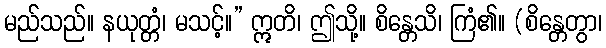
မည်သည်။ နယုတ္တံ၊ မသင့်။” ဣတိ၊ ဤသို့။ စိန္တေသိ၊ ကြံ၏။ (စိန္တေတွာ၊